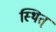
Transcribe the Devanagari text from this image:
स्थित्